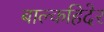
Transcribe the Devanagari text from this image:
बाल्कहिदेर